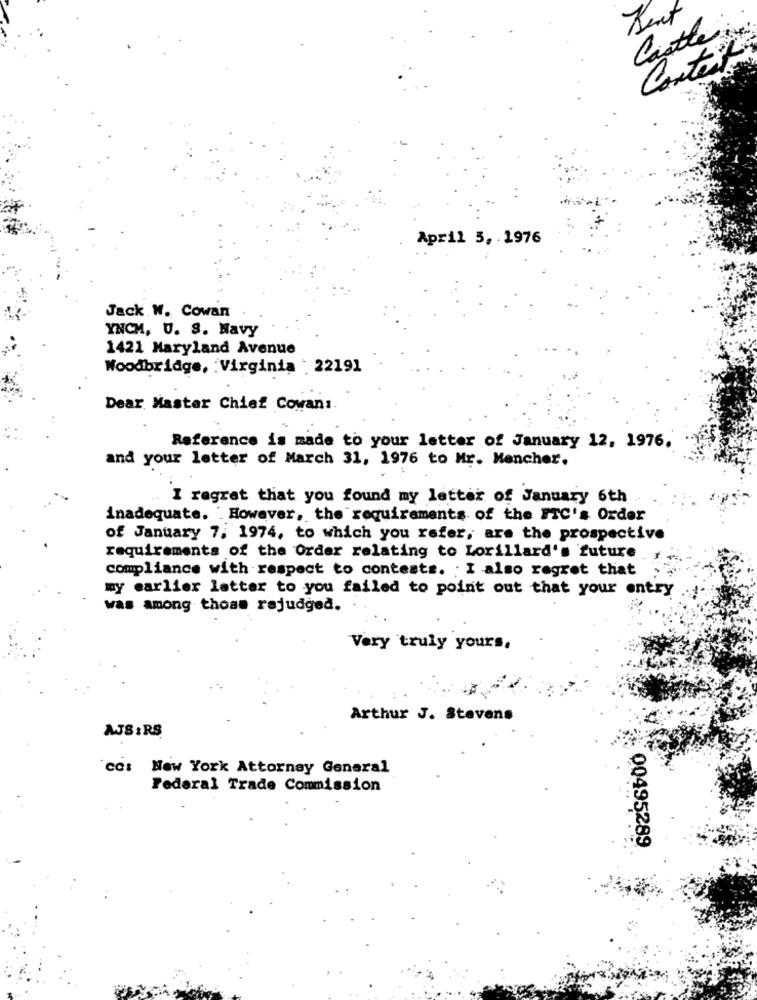
Bent
Castle
Contar
April 5, 1976
Jack W. Cowan
YNCM, U. S. Navy
1421 Maryland Avenue
Woodbridge, : Virginia . 22191
Dear Master Chief Cowan :.
Reference is made to your letter of January 12, 1976.
and your letter of March 31, 1976 to Mr. Mancher.
I regret that you found my letter of January 6th
inadequate. . However, the requirements of the FTC's Order
of January 7, 1974, to which you refer, are the prospective
requirements of the Order relating to Lorillard's future
compliance with respect to contests. I also regret that
my earlier letter to you failed to point out that your entry
was among thoas rajudged.
Very truly yours.
Arthur J. Stevens
AJS :RS
cc: New York Attorney General
Federal Trade Commission
00495289